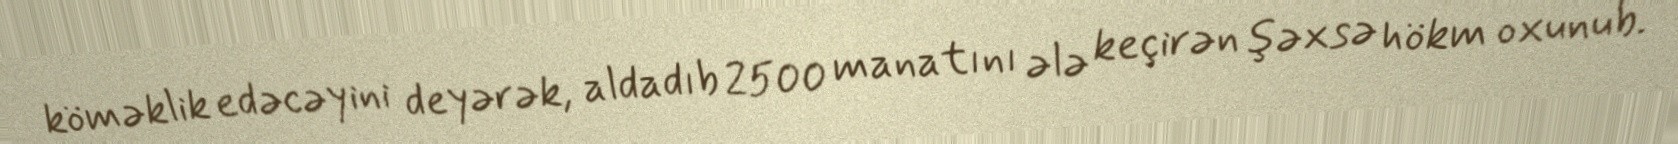
köməklik edəcəyini deyərək, aldadıb 2500 manatını ələ keçirən şəxsə hökm oxunub.